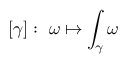
[ \gamma ] : \ \omega \mapsto \int _ { \gamma } \omega